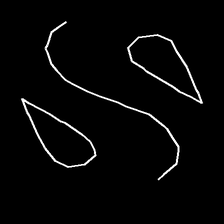
Glyph: water